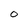
Character: O